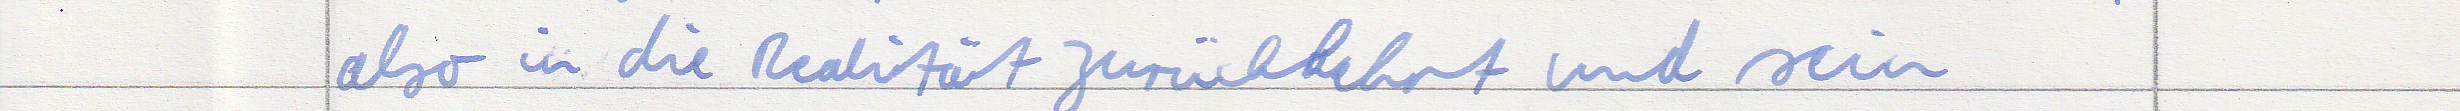
also in die Realität zurückkehrt und sein